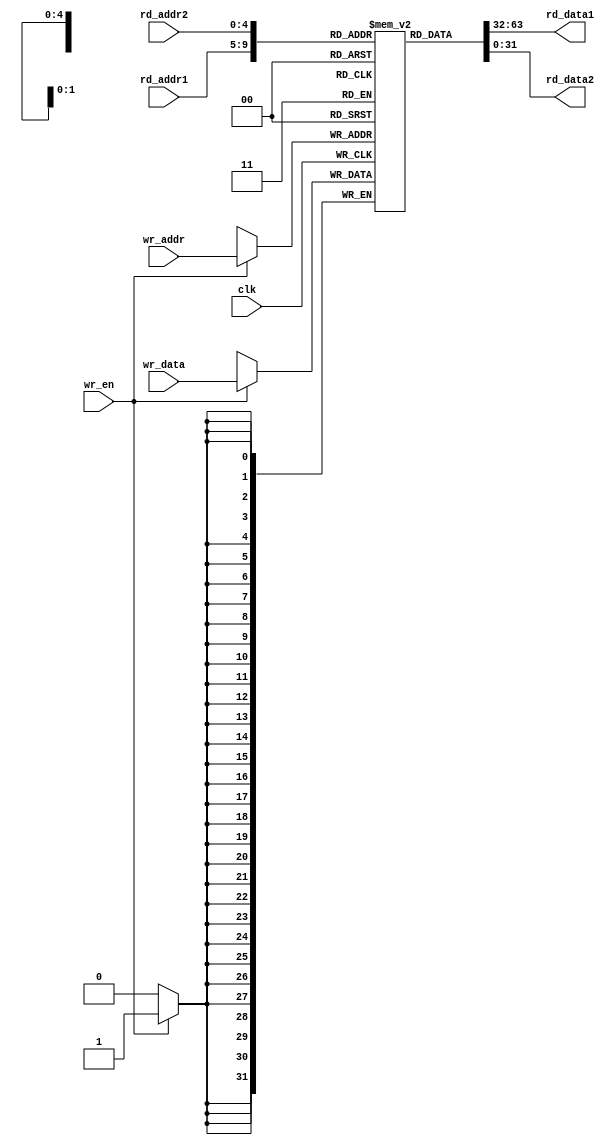
module reg_file
#(
	parameter WIDTH_ADDR = 5,
	parameter WIDTH_DATA = 32
)
(
		input 			clk,
		input 	[WIDTH_ADDR-1:0]	rd_addr1,
		input	[WIDTH_ADDR-1:0]	rd_addr2,
		output	[WIDTH_DATA-1:0]	rd_data1,
		output	[WIDTH_DATA-1:0]	rd_data2,
		
		input	[WIDTH_ADDR-1:0]	wr_addr,
		input			wr_en,
		input	[WIDTH_DATA-1:0]	wr_data
);

reg [31:0] regs[0:31];

always@(posedge clk)
	if(wr_en)	regs[wr_addr] <= wr_data;
		
assign	rd_data1 = regs[rd_addr1];
assign	rd_data2 = regs[rd_addr2];

endmodule